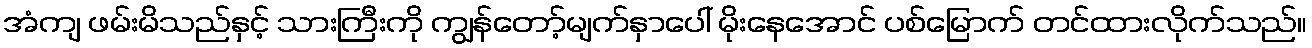
အံကျ ဖမ်းမိသည်နှင့် သားကြီးကို ကျွန်တော့်မျက်နှာပေါ် မိုးနေအောင် ပစ်မြောက် တင်ထားလိုက်သည်။